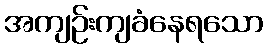
အကျဉ်းကျခံနေရသော